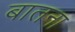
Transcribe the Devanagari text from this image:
बातना